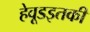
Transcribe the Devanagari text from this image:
हेवूडइतकी